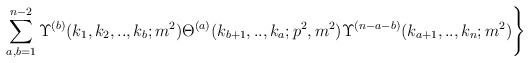
\begin{align*}\sum_{a,b=1}^{n-2}\Upsilon ^{(b)}(k_{1},k_{2},..,k_{b};m^{2})\Theta^{(a)}(k_{b+1},..,k_{a};p^{2},m^{2})\Upsilon^{(n-a-b)}(k_{a+1},..,k_{n};m^{2})\Bigg\}\end{align*}